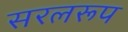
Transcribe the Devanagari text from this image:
सरलरूप